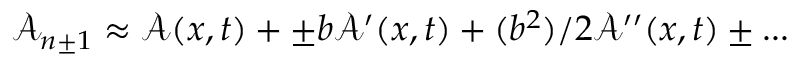
\mathcal { A } _ { n \pm 1 } \approx \mathcal { A } ( x , t ) + \pm b \mathcal { A } ^ { \prime } ( x , t ) + ( b ^ { 2 } ) / 2 \mathcal { A } ^ { \prime \prime } ( x , t ) \pm . . .